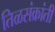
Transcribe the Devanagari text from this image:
तिळसंक्रांती